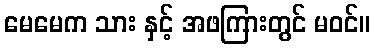
မေမေက သား နှင့် အဖကြားတွင် မဝင်။